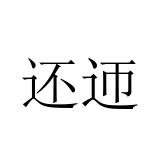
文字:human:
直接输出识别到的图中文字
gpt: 还迊